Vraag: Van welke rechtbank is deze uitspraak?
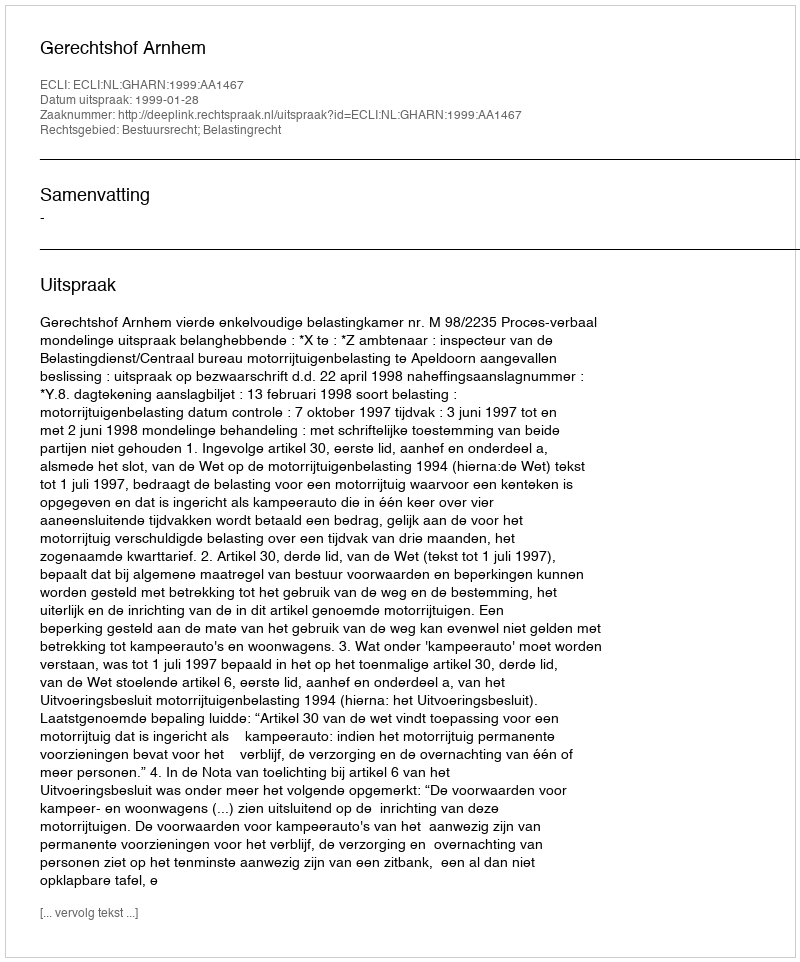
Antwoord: Gerechtshof Arnhem